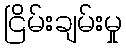
ငြိမ်းချမ်းမှု